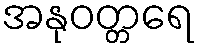
အနုဝတ္တရေ